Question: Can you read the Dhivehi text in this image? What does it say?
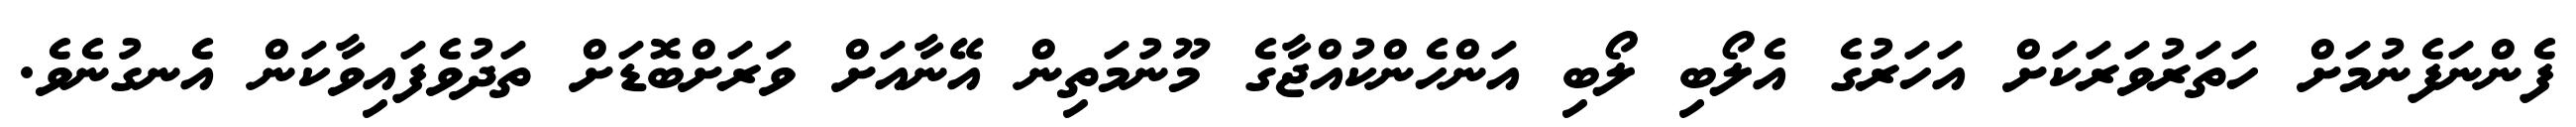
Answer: ފެންނަފެނުމަށް ހަތަރުވަރަކަށް އަހަރުގެ އެލޯބި ލޯބި އަންހެންކުއްޖާގެ މޫނުމަތިން އޭނާއަށް ވަރަށްބޮޑަށް ތަދުވެފައިވާކަން އެނގުނެވެ.